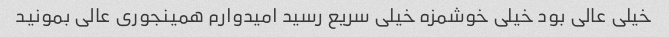
خیلی عالی بود خیلی خوشمزه خیلی سریع رسید امیدوارم همینجوری عالی بمونید